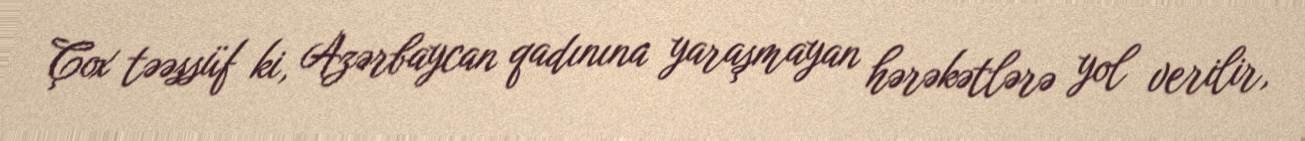
Çox təəssüf ki, Azərbaycan qadınına yaraşmayan hərəkətlərə yol verilir,